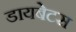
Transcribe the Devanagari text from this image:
डायबेटस